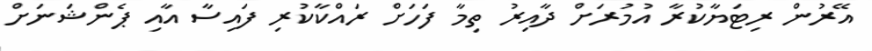
އޭރުން ރިޓަޔާކުރާ އުމުރަށް ދާއިރު ތިމާ ފަހަށް ރައްކާކުރި ފައިސާ އާއި ޕެންޝަނަށް